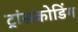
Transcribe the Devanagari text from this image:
ट्रांसकोडिंग